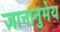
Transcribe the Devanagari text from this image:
ज्ञानानुमेय